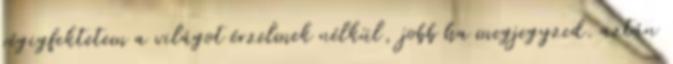
végigfektetem a világot érzelmek nélkül, jobb ha megjegyzed. aztán